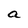
Character: a